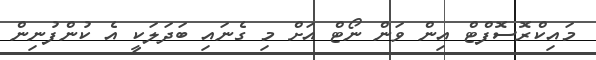
މައިކްރޮސޮފްޓް އިން ވަން ނޯޓް އަށް މި ގެނައި ބަދަލަކީ އެ ކުންފުނިން